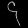
Digit: ၄